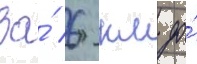
За́ 6 км до́